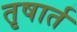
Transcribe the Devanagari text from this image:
तृषार्त